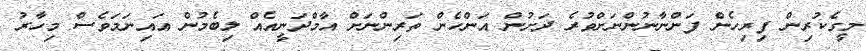
މީގެކުރިން ފިރިހެން ފަންނާނުންނަށްވުރެ ދަށުން އަންހެން ތަރިންނަށް އާމްދަނީއެއް ލިބެމުން އައިނަމަވެސް މިހާރު